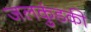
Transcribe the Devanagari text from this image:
जलकुंडकी